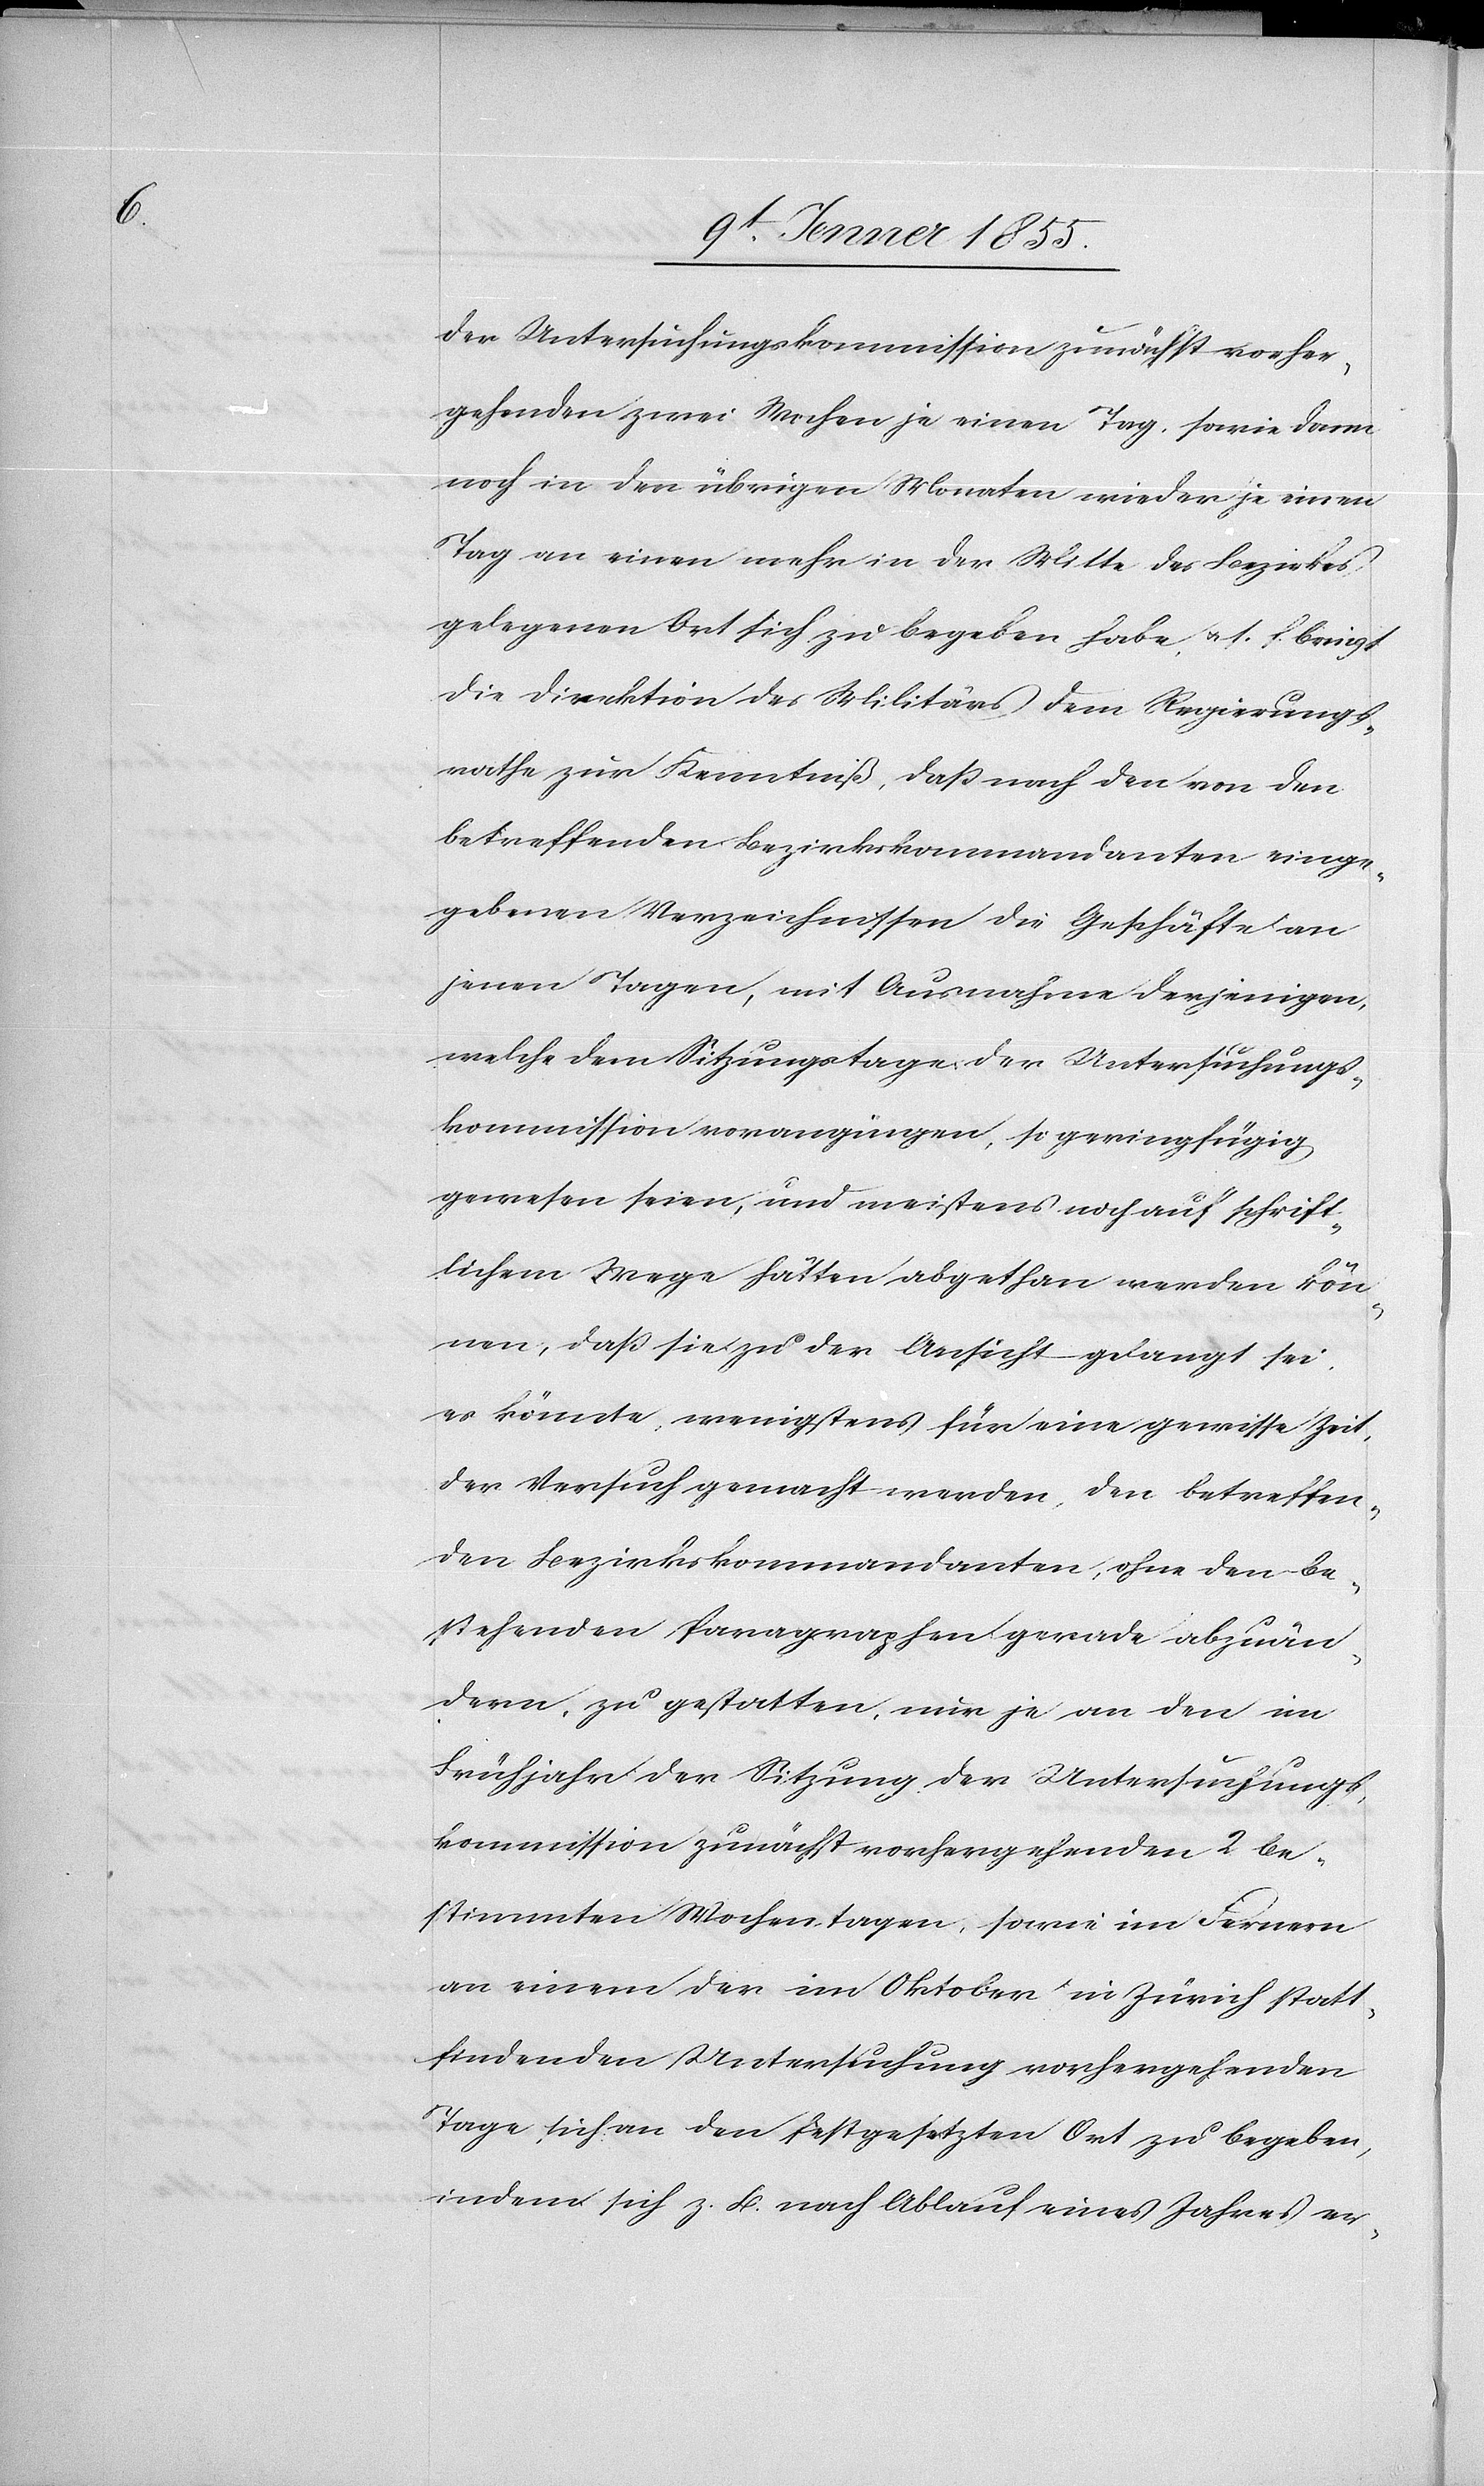
der Untersuchungskommission zunächst vorher¬
gehenden zwei Wochen je einen Tag, sowie dann
noch in den übrigen Monaten wieder je einen
Tag an einen mehr in der Mitte des Bezirkes
gelegenen Ort sich zu begeben habe, u. s. f. bringt
die Direktion des Militärs dem Regierungs¬
rathe zur Kenntniß, daß nach den von den
betreffenden Bezirkskommandanten einge¬
gebenen Verzeichnissen die Geschäfte an
jenen Tagen, mit Ausnahme derjenigen,
welche dem Sitzungstage der Untersuchungs¬
kommission vorangingen, so geringfügig
gewesen seien, und meistens noch auf schrift¬
lichem Wege hätten abgethan werden kön¬
nen, daß sie zu der Ansicht gelangt sei,
es könnte, wenigstens für eine gewisse Zeit,
der Versuch gemacht werden, den betreffen¬
den Bezirkskommandanten, ohne den be¬
stehenden Paragraphen gerade abzuän¬
dern, zu gestatten, nur je an den im
Frühjahr der Sitzung der Untersuchungs¬
kommission zunächst vorhergehenden 2 be¬
stimmten Wochentagen, sowie im Fernern
an einem der im Oktober in Zürich statt¬
findenden Untersuchung vorhergehenden
Tage sich an den festgesetzten Ort zu begeben,
indem sich z. B. nach Ablauf eines Jahres er-